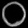
Digit: ၀